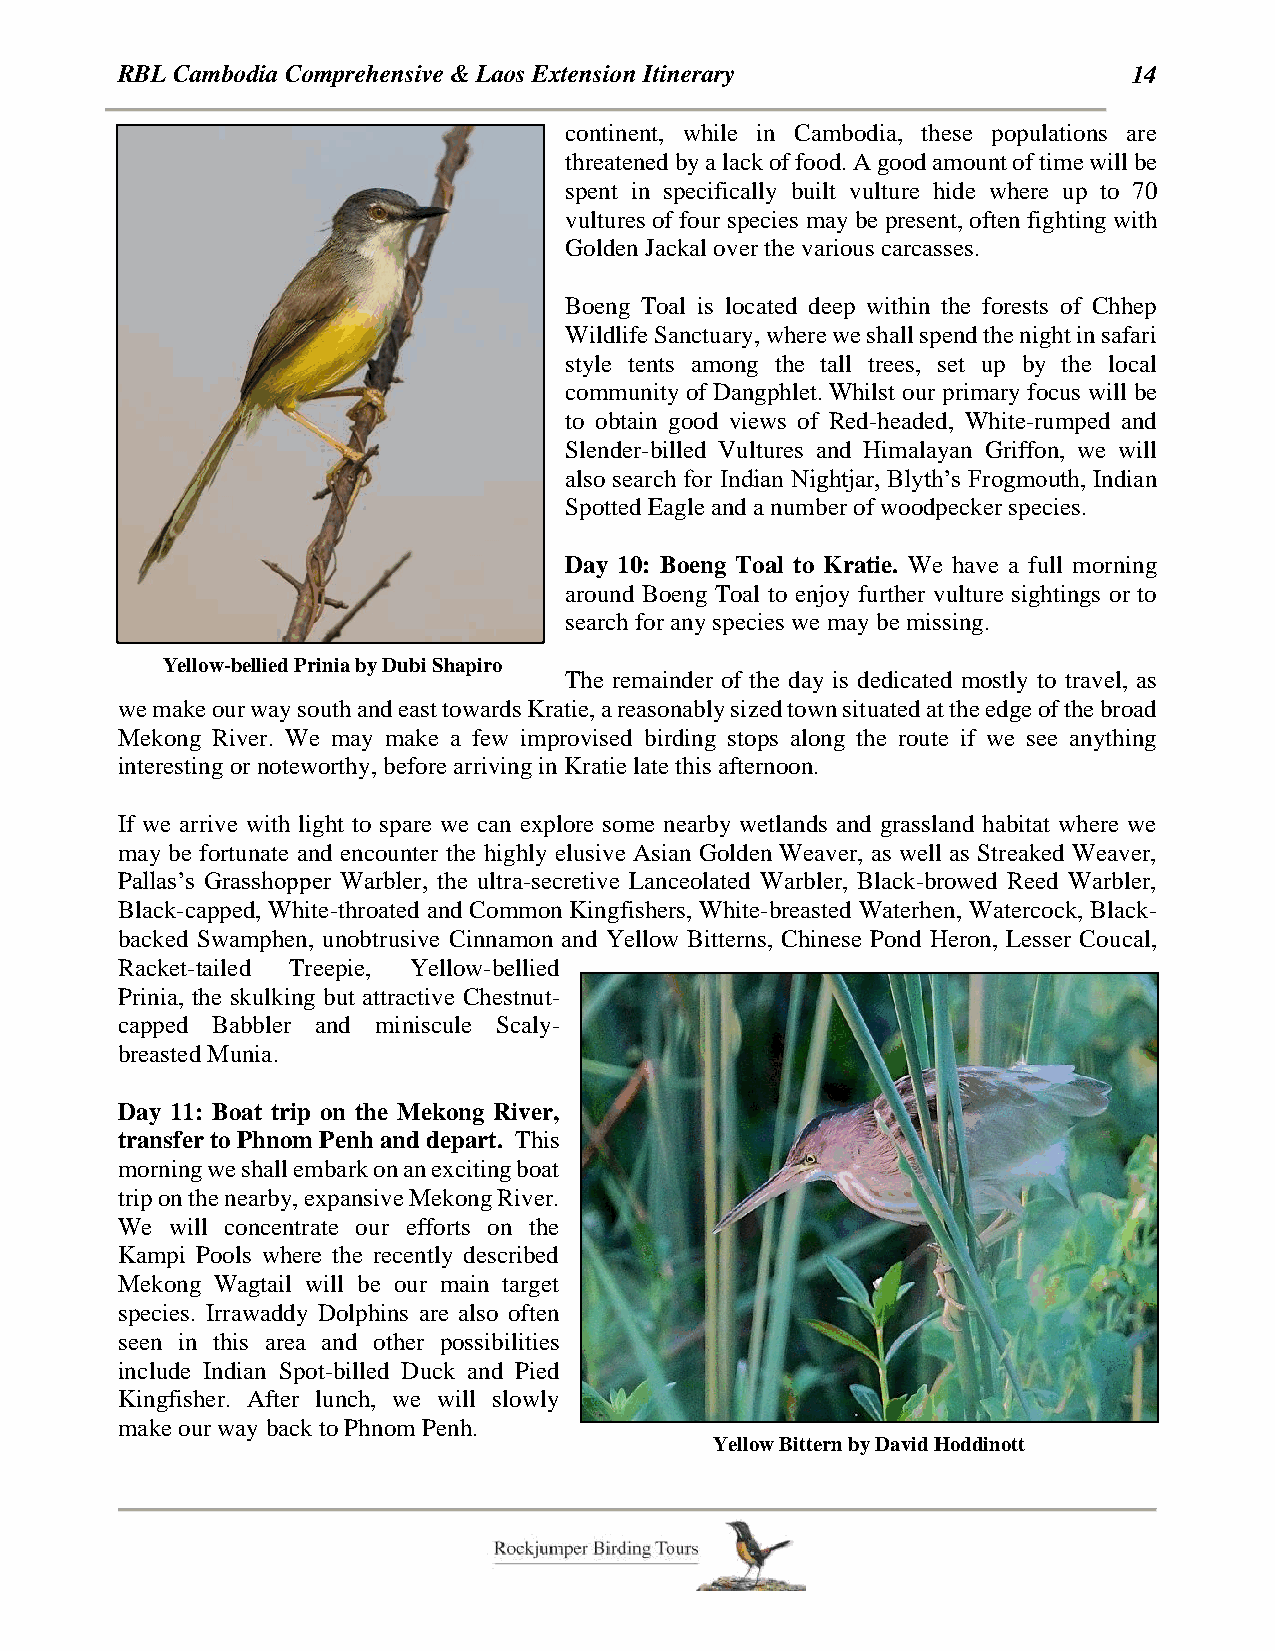
RBL Cambodia Comprehensive & Laos Extension Itinerary              14
 continent, while in Cambodia, these populations are
 threatened by a lack of food. A good amount of time will be
 spent in specifically built vulture hide where up to 70
 vultures of four species may be present, often fighting with
 Golden Jackal over the various carcasses.
 Boeng Toal is located deep within the forests of Chhep
 Wildlife Sanctuary, where we shall spend the night in safari
 style tents among the tall trees, set up by the local
 community of Dangphlet. Whilst our primary focus will be
 to obtain good views of Red-headed, White-rumped and
 Slender-billed Vultures and Himalayan Griffon, we will
 also search for Indian Nightjar, Blyth’s Frogmouth, Indian
 Spotted Eagle and a number of woodpecker species.
 Day 10: Boeng Toal to Kratie. We have a full morning
 around Boeng Toal to enjoy further vulture sightings or to
 search for any species we may be missing.
 Yellow-bellied Prinia by Dubi Shapiro
 The remainder of the day is dedicated mostly to travel, as
 we make our way south and east towards Kratie, a reasonably sized town situated at the edge of the broad
 Mekong River. We may make a few improvised birding stops along the route if we see anything
 interesting or noteworthy, before arriving in Kratie late this afternoon.
 If we arrive with light to spare we can explore some nearby wetlands and grassland habitat where we
 may be fortunate and encounter the highly elusive Asian Golden Weaver, as well as Streaked Weaver,
 Pallas’s Grasshopper Warbler, the ultra-secretive Lanceolated Warbler, Black-browed Reed Warbler,
 Black-capped, White-throated and Common Kingfishers, White-breasted Waterhen, Watercock, Black-
 backed Swamphen, unobtrusive Cinnamon and Yellow Bitterns, Chinese Pond Heron, Lesser Coucal,
 Racket-tailed Treepie, Yellow-bellied
 Prinia, the skulking but attractive Chestnut-
 capped Babbler and miniscule Scaly-
 breasted Munia.
 Day 11: Boat trip on the Mekong River,
 transfer to Phnom Penh and depart. This
 morning we shall embark on an exciting boat
 trip on the nearby, expansive Mekong River.
 We will concentrate our efforts on the
 Kampi Pools where the recently described
 Mekong Wagtail will be our main target
 species. Irrawaddy Dolphins are also often
 seen in this area and other possibilities
 include Indian Spot-billed Duck and Pied
 Kingfisher. After lunch, we will slowly
 make our way back to Phnom Penh.
 Yellow Bittern by David Hoddinott